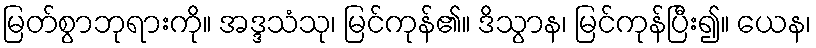
မြတ်စွာဘုရားကို။ အဒ္ဒသံသု၊ မြင်ကုန်၏။ ဒိသွာန၊ မြင်ကုန်ပြီး၍။ ယေန၊